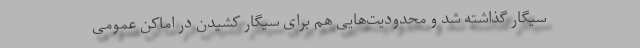
سیگار گذاشته شد و محدودیت‌هایی هم برای سیگار کشیدن در اماکن عمومی